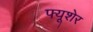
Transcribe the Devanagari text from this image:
फ्यूशेर